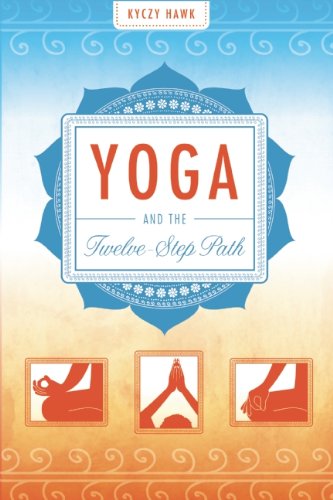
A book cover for Yoga and the Twelve-Step Path; Kyczy Hawk; Health, Fitness & Dieting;